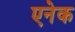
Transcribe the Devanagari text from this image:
एनेक